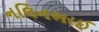
નલિનભાઈ